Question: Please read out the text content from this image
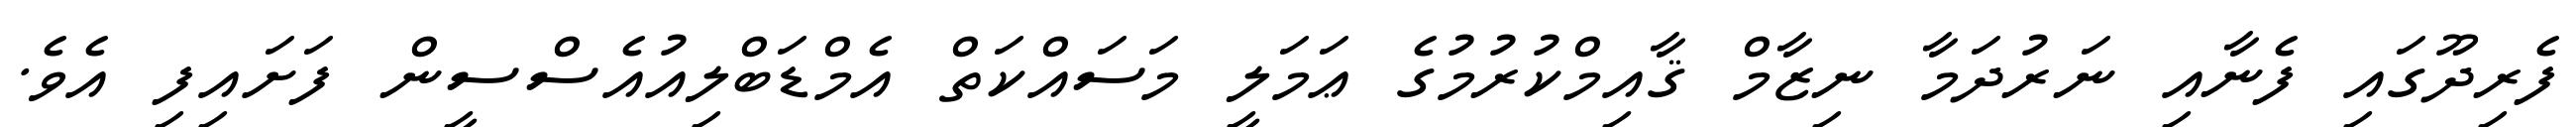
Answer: ފެރިދޫގައި ފެނާއި ނަރުދަމާ ނިޒާމް ޤާއިމްކުރުމުގެ ޢަމަލީ މަސައްކަތް އެމްޑަބްލިއުއެސްސީން ފަށައިފި އެވެ.